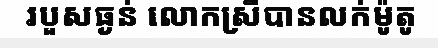
របួសធ្ងន់ លោកស្រីបានលក់ម៉ូតូ